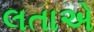
લતાએ